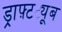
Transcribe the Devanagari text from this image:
ड्राफ़्टट्यूब